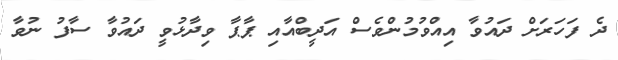
ދެ ފަހަރަށް ދައުވާ އިއްވުމުންވެސް އަދީބްއާއި ޕާޕާ ވިދާޅުވީ ދައުވާ ސާފު ނުވާ